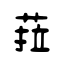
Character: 菈